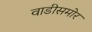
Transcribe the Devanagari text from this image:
वाडीसमोर